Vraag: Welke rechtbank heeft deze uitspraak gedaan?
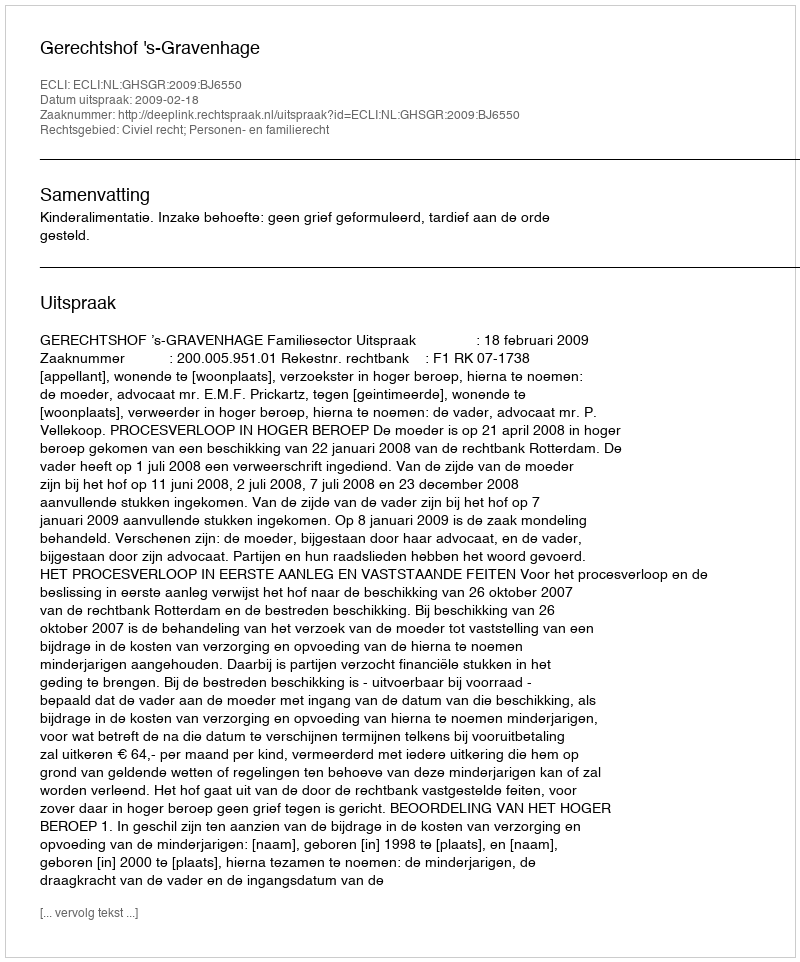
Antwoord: Gerechtshof 's-Gravenhage